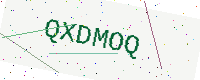
Text: QXDMOQ